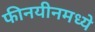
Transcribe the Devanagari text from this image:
फीनयीनमध्ये